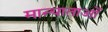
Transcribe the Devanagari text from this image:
मान्याताओं